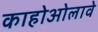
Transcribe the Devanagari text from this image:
काहोओलावे